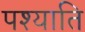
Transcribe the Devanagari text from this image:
पश्याति